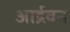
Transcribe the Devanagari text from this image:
आर्द्रवन